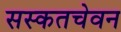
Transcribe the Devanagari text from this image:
सस्कतचेवन